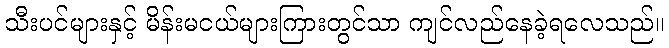
သီးပင်များနှင့် မိန်းမငယ်များကြားတွင်သာ ကျင်လည်နေခဲ့ရလေသည်။